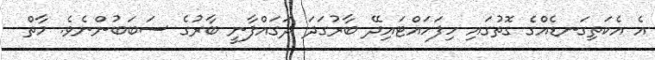
އެ އެކަތިގަނޑެއްގެ ގޮތުގައި ހިފަހައްޓައިދޭ ބާރުގަދަ ދަގައްފާނީ ބާރުގެ ސަބަބުންނެވެ. މާތް